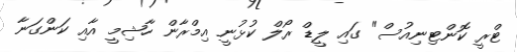
ޓްރީ ކޮންޓިނިއުސް" ގައި ލީޑް ރޯލް ކުޅުނީ އިމްރާން ހާޝިމީ އާއި ކަންގަނާ